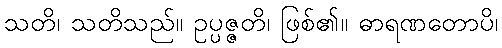
သတိ၊ သတိသည်။ ဥပ္ပဇ္ဇတိ၊ ဖြစ်၏။ ဓာရဏတောပိ၊